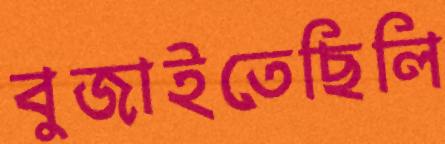
বুজাইতেছিলি